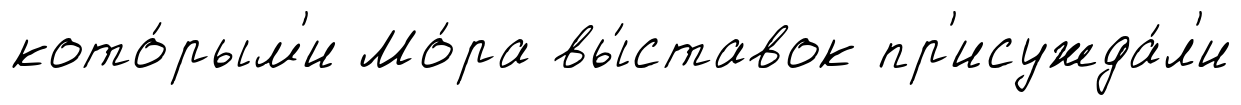
кото́рым'и Мо́ра вы́ставок пр'исужда́л'и